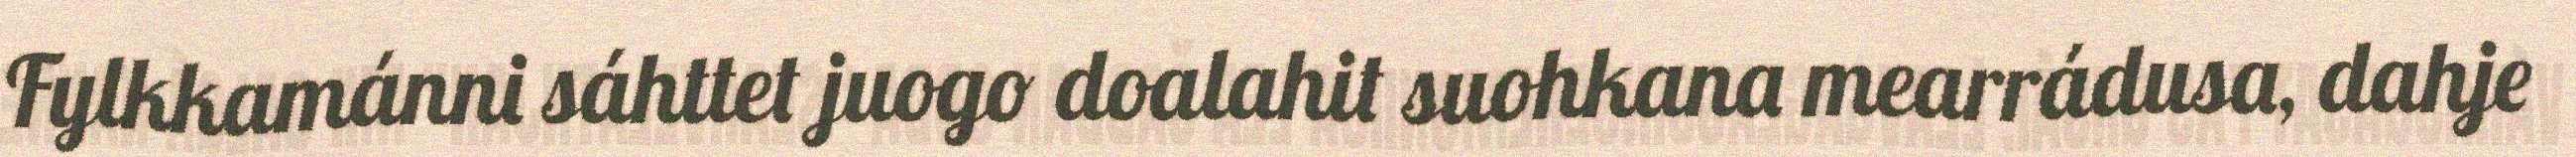
Fylkkamánni sáhttet juogo doalahit suohkana mearrádusa, dahje